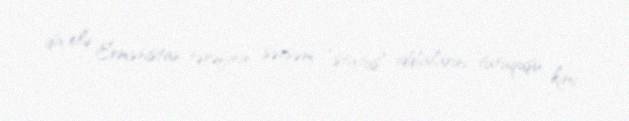
da elə Ermənistan tərəfinin sərsəm “status” iddialarını tutuquşu kimi